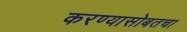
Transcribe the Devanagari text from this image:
करण्यासोबतचा